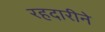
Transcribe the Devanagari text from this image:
रहदारीने